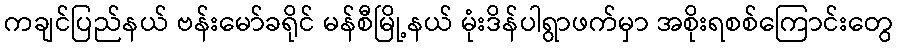
ကချင်ပြည်နယ် ဗန်းမော်ခရိုင် မန်စီမြို့နယ် မုံးဒိန်ပါရွာဖက်မှာ အစိုးရစစ်ကြောင်းတွေ